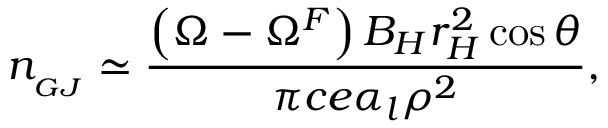
n _ { _ { G J } } \simeq \frac { \left( \Omega - \Omega ^ { F } \right) B _ { H } r _ { H } ^ { 2 } \cos \theta } { \pi c e \alpha _ { l } \rho ^ { 2 } } ,